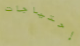
إحتياجات